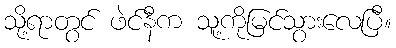
သို့ရာတွင် ဖဲင်နီက သူ့ကိုမြင်သွားလေပြီ။